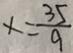
x = \frac { 3 5 } { 9 }